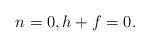
LaTeX: \begin{align*} n=0, h+f = 0.\end{align*}